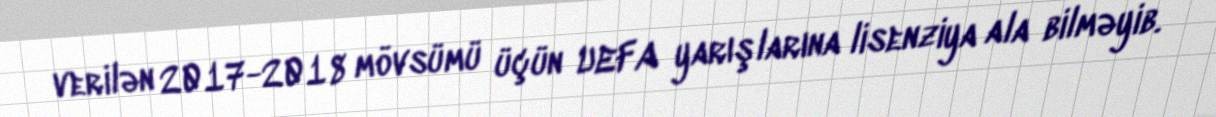
verilən 2017-2018 mövsümü üçün UEFA yarışlarına lisenziya ala bilməyib.